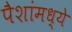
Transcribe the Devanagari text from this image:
पैशांमध्ये